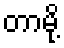
တာမို့